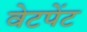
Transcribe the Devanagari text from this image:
वेटपेंट